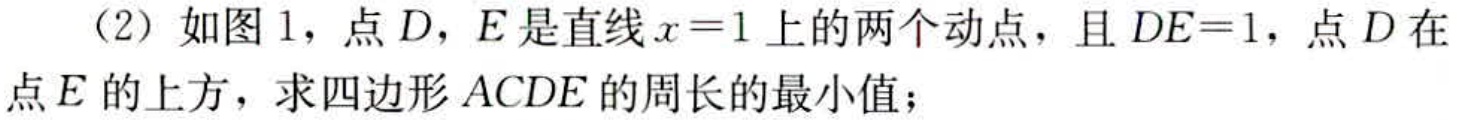
（2）如图1，点\(D\)，\(E\)是直线\(x = 1\)上的两个动点，且\(DE = 1\)，点\(D\)在点\(E\)的上方，求四边形\(ACDE\)的周长的最小值；